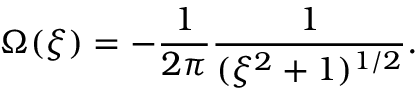
\Omega ( \xi ) = - \frac { 1 } { 2 \pi } \frac { 1 } { ( \xi ^ { 2 } + 1 ) ^ { 1 / 2 } } .